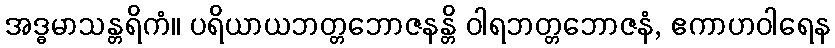
အဒ္ဓမာသန္တရိကံ။ ပရိယာယဘတ္တဘောဇနန္တိ ဝါရဘတ္တဘောဇနံ, ဧကာဟဝါရေန